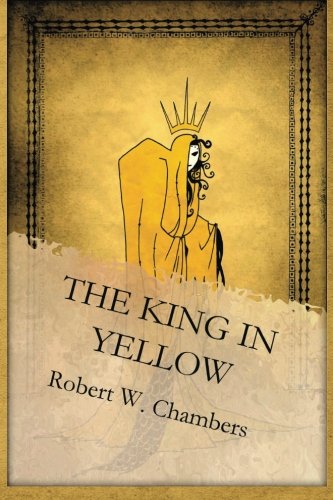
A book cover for The King in Yellow; Robert W. Chambers; Literature & Fiction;